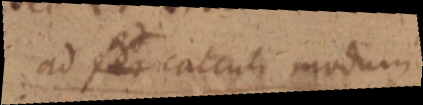
ad _ calculi modum